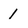
Character: 1